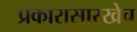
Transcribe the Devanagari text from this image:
प्रकारासारखेच